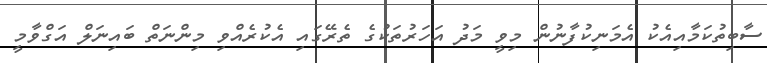
ސާބިތުކަމާއިއެކު އެމަނިކުފާނުން މިވީ މަދު އަހަރުތަކުގެ ތެރޭގައި އެކުރެއްވި މިންނަތް ބައިނަލް އަގްވާމީ